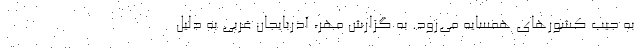
به جیب کشورهای همسایه می‌رود. به گزارش مهر، آذربایجان غربی به دلیل